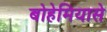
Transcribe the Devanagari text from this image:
बोहेमियासे